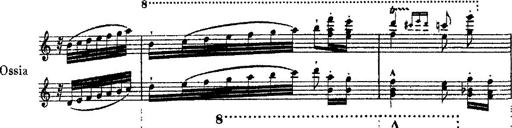
Title: Ã‰tudes d'exÃ©cution transcendante d'aprÃ¨s Paganini
Composer: Franz Liszt